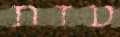
עזת